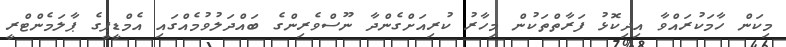
މިކަން ހާމަކުރައްވާ އިދިކޮޅު ފަރާތްތަކުން މިހާރު ކުރިއަށްގެންދާ ނޫސްވެރިންގެ ބައްދަލުވުމެއްގައި އެމްޑީޕީގެ ޕާލަމެންޓްރީ